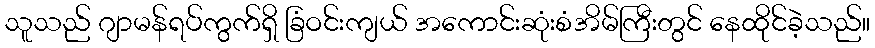
သူသည် ဂျာမန်ရပ်ကွက်ရှိ ခြံဝင်းကျယ် အကောင်းဆုံးစံအိမ်ကြီးတွင် နေထိုင်ခဲ့သည်။